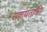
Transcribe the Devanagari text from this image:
सहायताकी